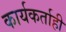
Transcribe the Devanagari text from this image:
कार्यकर्ताही